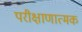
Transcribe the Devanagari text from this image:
परीक्षाणात्मक